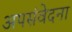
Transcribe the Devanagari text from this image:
अपसंवेदना